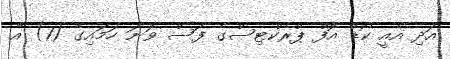
އަދި އެއީ ކޯޑް އޮފް ޕްރެކްޓިސްގެ ފަސް ވަނަ ހަމައިގެ (1) އާ